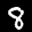
Label: 8